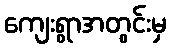
ကျေးရွာအတွင်းမှ